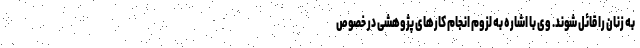
به زنان را قائل شوند. وی با اشاره به لزوم انجام کارهای پژوهشی در خصوص